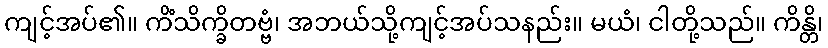
ကျင့်အပ်၏။ ကိံသိက္ခိတဗ္ဗံ၊ အဘယ်သို့ကျင့်အပ်သနည်း။ မယံ၊ ငါတို့သည်။ ကိန္တိ၊